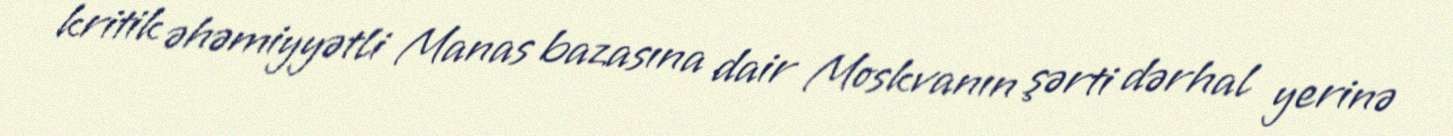
kritik əhəmiyyətli Manas bazasına dair Moskvanın şərti dərhal yerinə